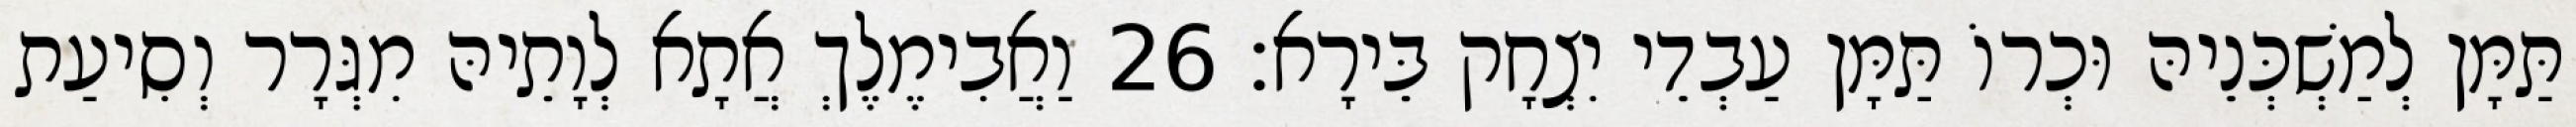
תַּמָּן לְמַשְׁכְּנֵיהּ וּכְרוֹ תַּמָּן עַבְדֵי יִצְחָק בֵּירָא׃ 26 וַאֲבִימֶלֶךְ אֲתָא לְוָתֵיהּ מִגְּרָר וְסִיעַת